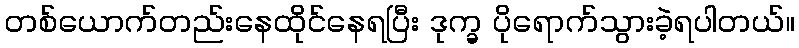
တစ်ယောက်တည်းနေထိုင်နေရပြီး ဒုက္ခ ပိုရောက်သွားခဲ့ရပါတယ်။